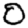
Digit: 0